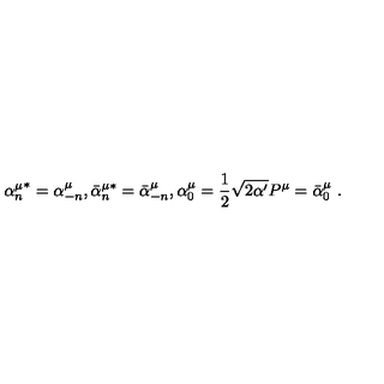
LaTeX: { \alpha _ { n } ^ { \mu } } ^ { * } = \alpha _ { - n } ^ { \mu } , { \bar { \alpha } _ { n } ^ { \mu * } } = \bar { \alpha } _ { - n } ^ { \mu } , \alpha _ { 0 } ^ { \mu } = \frac { 1 } { 2 } \sqrt { 2 \alpha ^ { \prime } } P ^ { \mu } = \bar { \alpha } _ { 0 } ^ { \mu } \ .